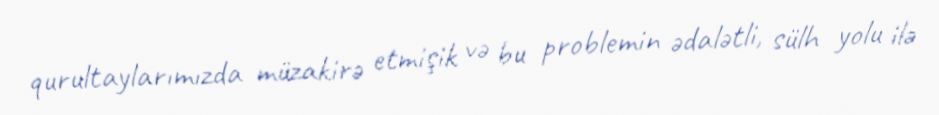
qurultaylarımızda müzakirə etmişik və bu problemin ədalətli, sülh yolu ilə